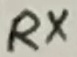
Text: RX